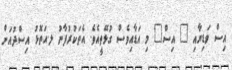
އިސް ވަޑިޔާއި " އިސް" މި އަޑާއިވެސް ގުޅޭތީއެވެ. އެތަކުރުފާނު ލ.އަތޮޅު އިސްދުއަށް